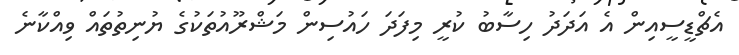
އެޗްޑީސީއިން އެ އަދަދު ހިސާބު ކުރީ މިފަދަ ހައުސިން މަޝްރޫއުތަކުގެ ޔުނިތުތައް ވިއްކާނެ